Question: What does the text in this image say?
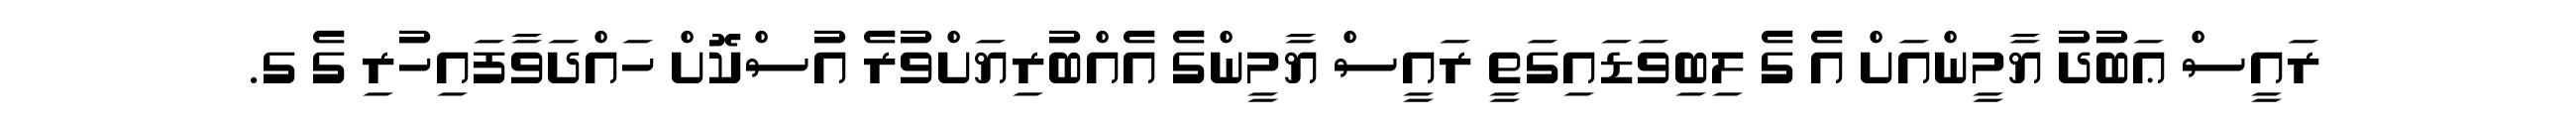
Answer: ރައީސް ޢަބުދު ޔާމީންއަށް އެ ގެ ލިބިވަޑައިގަތީ ރައީސް ޔާމީންގެ އެއްބުރިޔަށްވުރެ އުސްކޮށް ހައްދަވާފައިހުރި ގެ ގ.